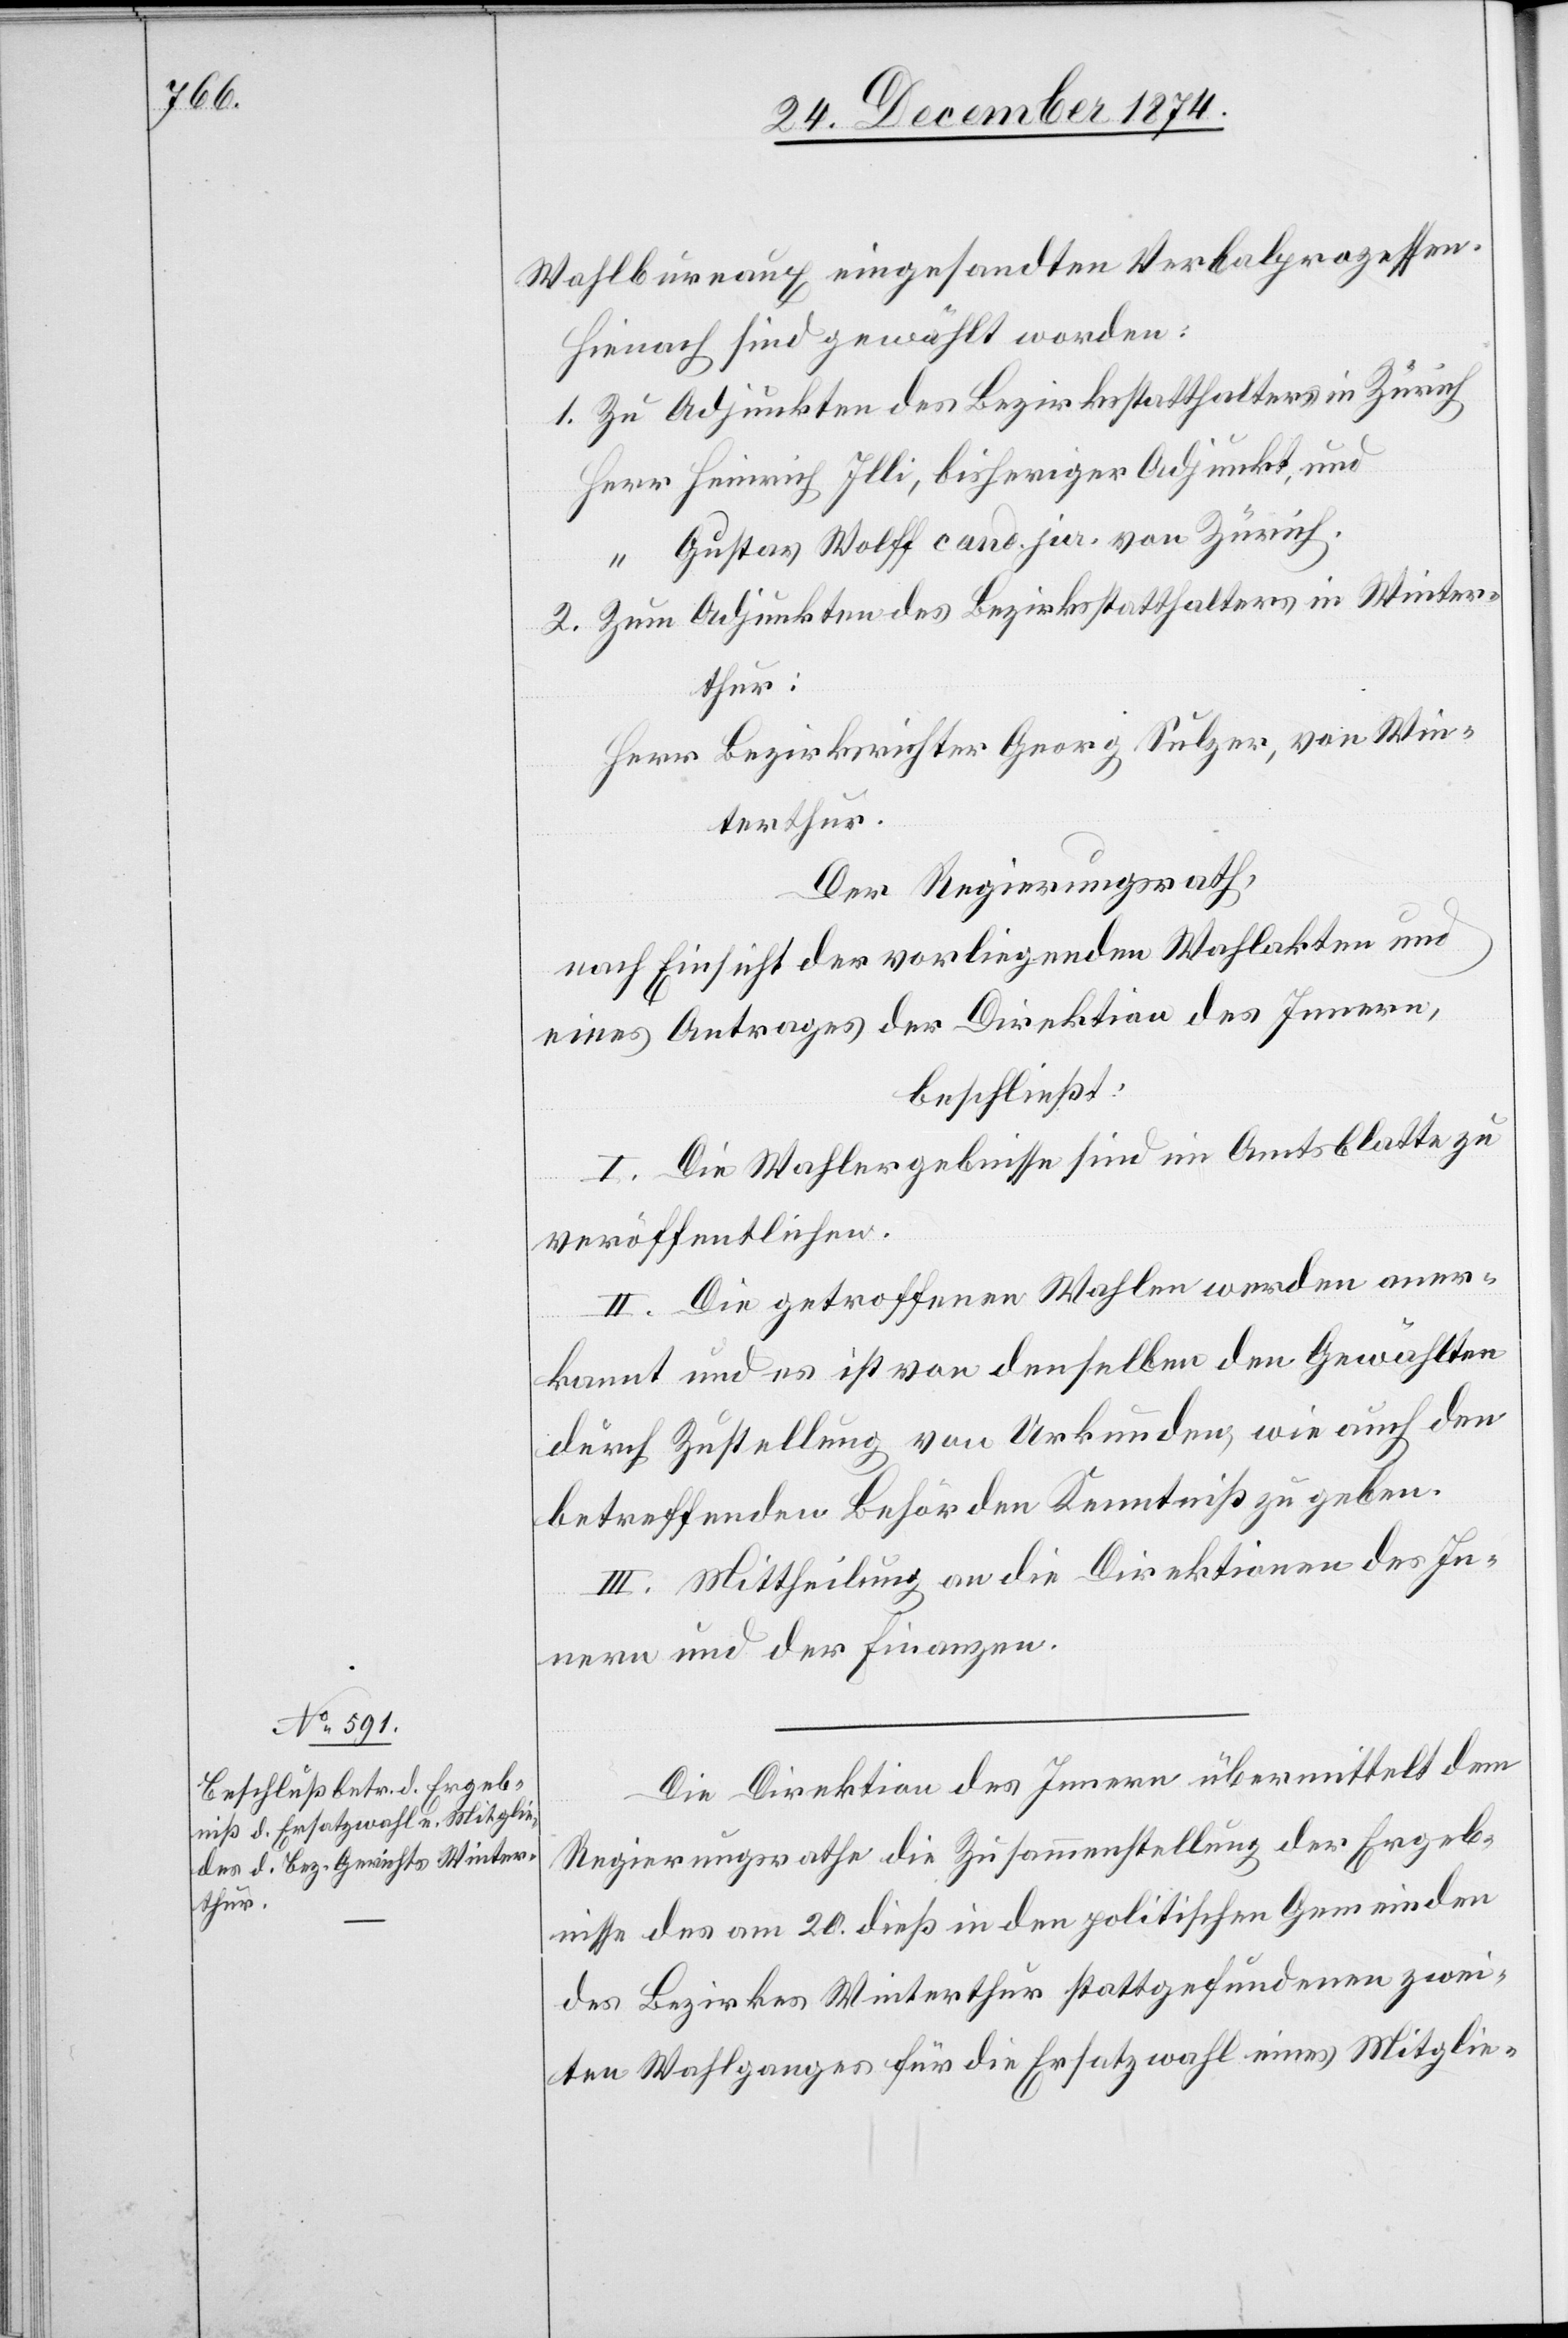
24. December 1874.]
Wahlbureaux eingesandten Verbalprozessen.
Hienach sind gewählt worden:
1. Zu Adjunkten des Bezirksstatthalters in Zürich
Herr Heinrich Illi, bisheriger Adjunkt, und
“ Gustav Wolff cand. jur. von Zürich.
2. Zum Adjunkten des Bezirksstatthalters in Winter¬
thur:
Herr Bezirksrichter Georg Sulzer, von Win¬
terthur.
Der Regierungsrath,
nach Einsicht der vorliegenden Wahlakten und
eines Antrages der Direktion des Innern,
beschließt:
I. Die Wahlergebnisse sind im Amtsblatte zu
veröffentlichen.
II. Die getroffenen Wahlen werden aner¬
kannt und es ist von denselben den Gewählten
durch Zustellung von Urkunden, wie auch den
betreffenden Behörden Kenntniß zu geben.
III. Mittheilung an die Direktionen des In¬
nern und der Finanzen.
Die Direktion des Innern übermittelt dem
Regierungsrathe die Zusammenstellung der Ergeb¬
nisse des am 20. dieß in den politischen Gemeinden
des Bezirkes Winterthur stattgefundenen zwei¬
ten Wahlganges für die Ersatzwahl eines Mitglie-